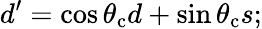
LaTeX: d^{\prime}=\cos{\theta_{\mathrm{c}}}d+\sin{\theta_{\mathrm{c}}}s;